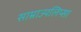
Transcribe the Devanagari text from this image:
साम्राज्यलिप्सा